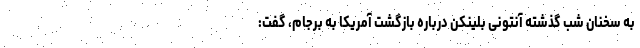
به سخنان شب گذشته آنتونی بلینکن درباره بازگشت آمریکا به برجام، گفت: